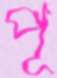
পূ